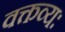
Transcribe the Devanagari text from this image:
वक्तव्यः